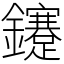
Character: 鑳